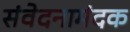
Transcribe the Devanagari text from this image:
संवेदनामंदक